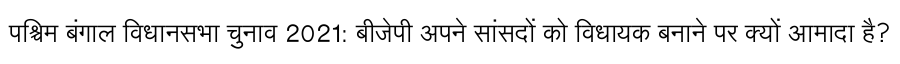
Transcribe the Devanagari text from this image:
पश्चिम बंगाल विधानसभा चुनाव 2021: बीजेपी अपने सांसदों को विधायक बनाने पर क्यों आमादा है?